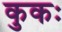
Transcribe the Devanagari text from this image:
कुकः